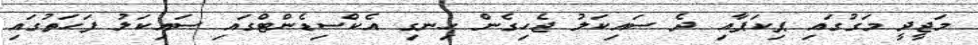
މަޖީދީ މަގުގައި ޕިކަޕާއި ދެ ސައިކަލު ޖެހިގެން ހިނގި އެކްސިޑެންޓްގައި ސައިކަލު ފަހަތުގައި